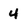
Character: 4